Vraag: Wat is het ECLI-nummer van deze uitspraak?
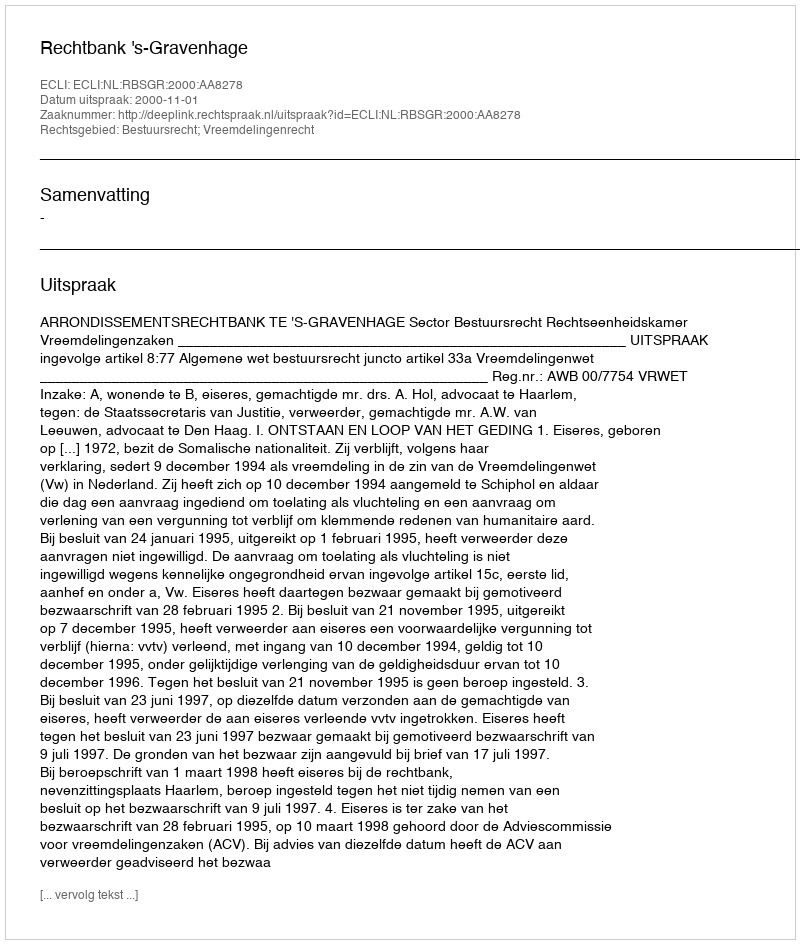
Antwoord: ECLI:NL:RBSGR:2000:AA8278